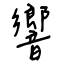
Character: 響